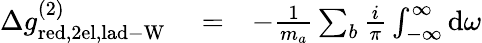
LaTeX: \begin{array}{rlr}{\Delta g_{\mathrm{red,2el,lad-W}}^{(2)}}&{{}=}&{-\frac{1}{m_{a}}\sum_{b}\frac{i}{\pi}\int_{-\infty}^{\infty}\mathrm{d}\omega}\end{array}